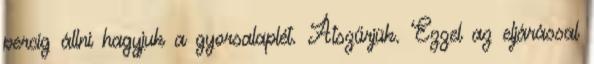
percig állni hagyjuk a gyorsalaplét. Átszűrjük. Ezzel az eljárással